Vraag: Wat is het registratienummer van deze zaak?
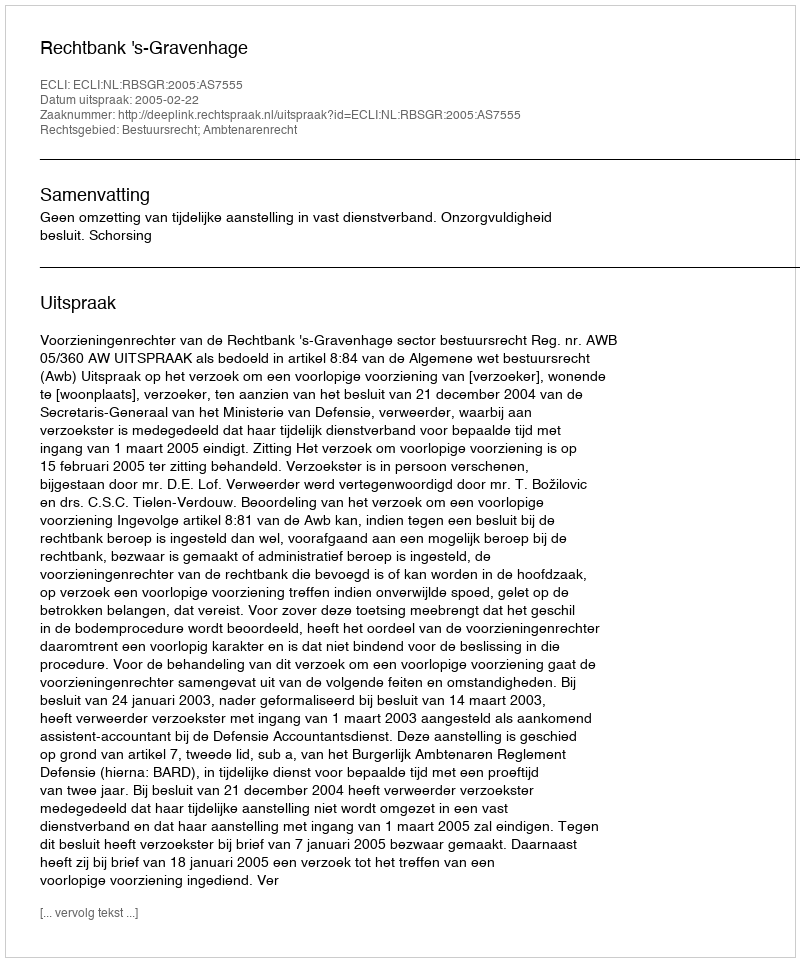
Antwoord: http://deeplink.rechtspraak.nl/uitspraak?id=ECLI:NL:RBSGR:2005:AS7555